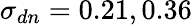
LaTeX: \sigma_{dn}=0.21,0.36